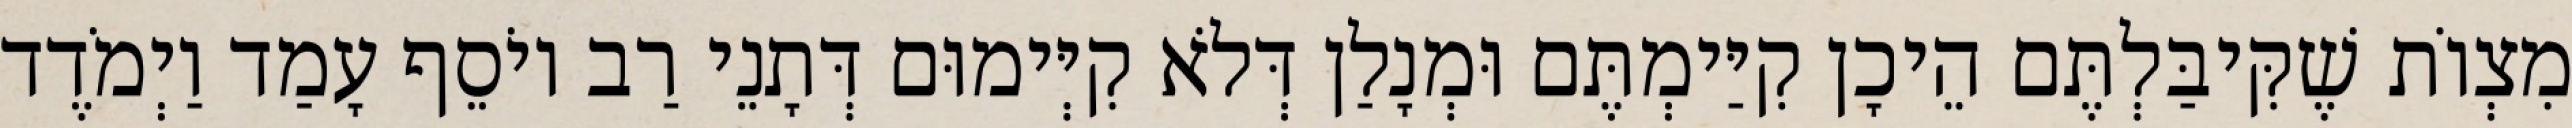
מִצְוֹת שֶׁקִּיבַּלְתֶּם הֵיכָן קִיַּימְתֶּם וּמְנָלַן דְּלֹא קִיְּימוּם דְּתָנֵי רַב יוֹסֵף עָמַד וַיְמֹדֶד